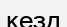
кезд